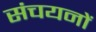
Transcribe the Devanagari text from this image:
संचयनों